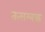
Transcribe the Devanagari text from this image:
तत्सम्बद्ध